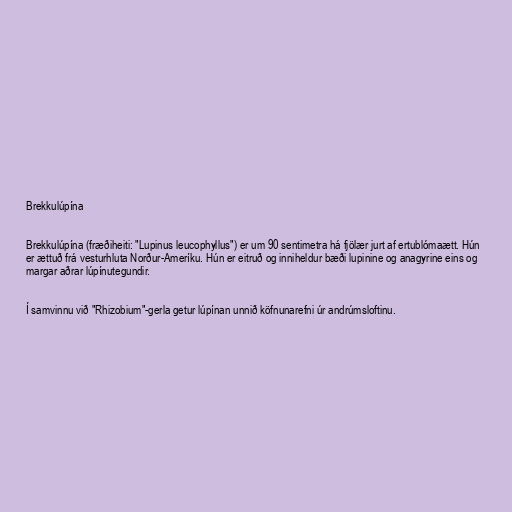
Brekkulúpína

Brekkulúpína (fræðiheiti: "Lupinus leucophyllus") er um 90 sentimetra há fjölær jurt af ertublómaætt. Hún
er ættuð frá vesturhluta Norður-Ameríku. Hún er eitruð og inniheldur bæði lupinine og anagyrine eins og
margar aðrar lúpínutegundir.

Í samvinnu við "Rhizobium"-gerla getur lúpínan unnið köfnunarefni úr andrúmsloftinu.